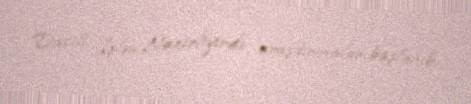
Daxili İşlər Nazirliyində araşdırmalar başlanıb.